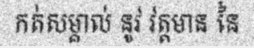
កត់សម្គាល់ នូវ វត្តមាន នៃ